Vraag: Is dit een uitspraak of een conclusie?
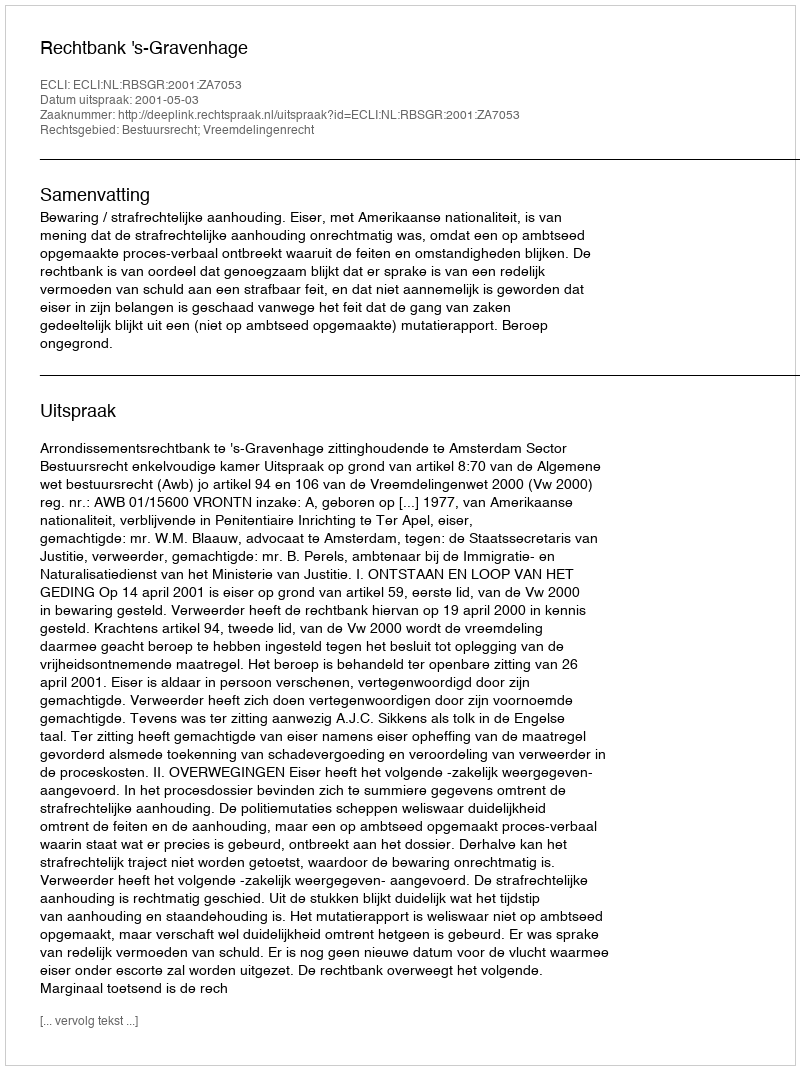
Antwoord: Uitspraak